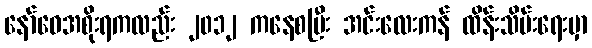
နော်ဝေအစိုးရကလည်း ၂၀၁၂ ကနေစပြီး အင်းလေးကန် ထိန်းသိမ်းရေးမှာ